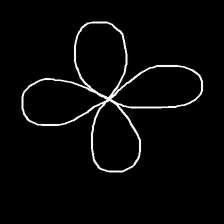
Glyph: billowing